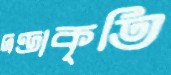
দণ্ডাকৃতি